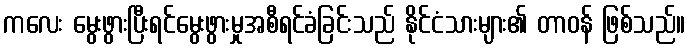
ကလေး မွေးဖွားပြီးရင်မွေးဖွားမှုအစီရင်ခံခြင်းသည် နိုင်ငံသားများ၏ တာဝန် ဖြစ်သည်။